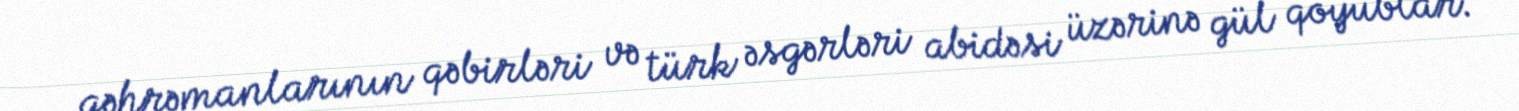
qəhrəmanlarının qəbirləri və türk əsgərləri abidəsi üzərinə gül qoyublar.